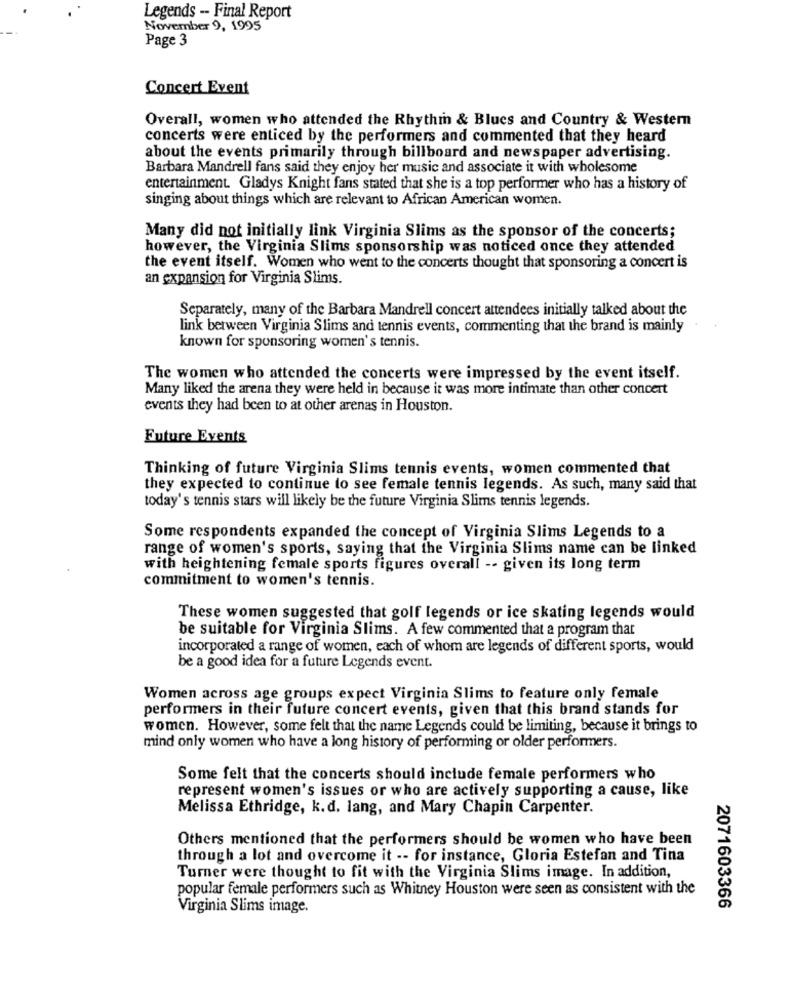
Legends -- Final Report
November 9, 1995
Page 3
Concert Event
Overall, women who attended the Rhythm & Blues and Country & Western
concerts were enticed by the performers and commented that they heard
about the events primarily through billboard and newspaper advertising.
Barbara Mandrell fans said they enjoy her music and associate it with wholesome
entertainment. Gladys Knight fans stated that she is a top performer who has a history of
singing about things which are relevant to African American women.
Many did not initially link Virginia Slims as the sponsor of the concerts;
however, the Virginia Slims sponsorship was noticed once they attended
the event itself. Women who went to the concerts thought that sponsoring a concert is
an expansion for Virginia Slims.
Separately, many of the Barbara Mandrell concert attendees initially talked about the
link between Virginia Slims and tennis events, commenting that the brand is mainly
known for sponsoring women's tennis.
The women who attended the concerts were impressed by the event itself.
Many liked the arena they were held in because it was more intimate than other concert
events they had been to at other arenas in Houston.
Future Events
Thinking of future Virginia Slims tennis events, women commented that
they expected to continue to see female tennis legends. As such, many said that
today's tennis stars will likely be the future Virginia Slims tennis legends.
Some respondents expanded the concept of Virginia Slims Legends to a
range of women's sports, saying that the Virginia Slims name can be linked
with heightening female sports figures overall -- given its long term
commitment to women's tennis.
These women suggested that golf legends or ice skating legends would
be suitable for Virginia Slims. A few commented that a program that
incorporated a range of women, each of whom are legends of different sports, would
be a good idea for a future Legends event.
Women across age groups expect Virginia Slims to feature only female
performers in their future concert events, given that this brand stands for
women. However, some felt that the name Legends could be limiting, because it brings to
mind only women who have a long history of performing or older performers.
Some felt that the concerts should include female performers who
represent women's issues or who are actively supporting a cause, like
Melissa Ethridge, k.d. lang, and Mary Chapin Carpenter.
Others mentioned that the performers should be women who have been
through a lot and overcome it -- for instance, Gloria Estefan and Tina
Turner were thought to fit with the Virginia Slims image. In addition,
popular female performers such as Whitney Houston were seen as consistent with the
Virginia Slims image.
2071603366